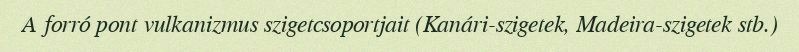
A forró pont vulkanizmus szigetcsoportjait (Kanári-szigetek, Madeira-szigetek stb.)